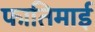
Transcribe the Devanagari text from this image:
फातिमाई